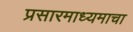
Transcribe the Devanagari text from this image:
प्रसारमाध्यमाचा